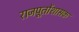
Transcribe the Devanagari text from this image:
राजपूतोंशासक